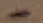
Text: -